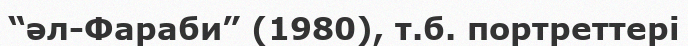
“әл-Фараби” (1980), т.б. портреттері